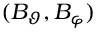
( B _ { \vartheta } , B _ { \varphi } )